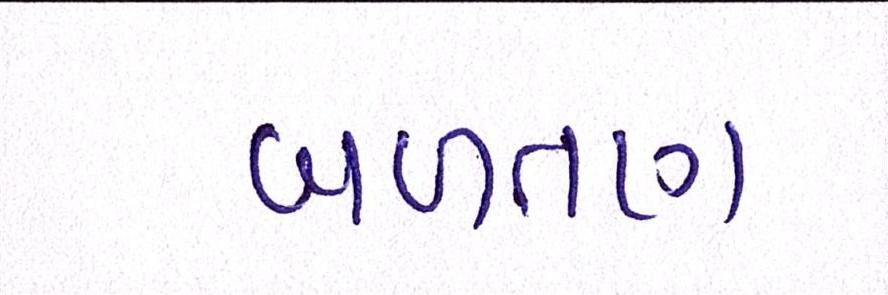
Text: બળતણ